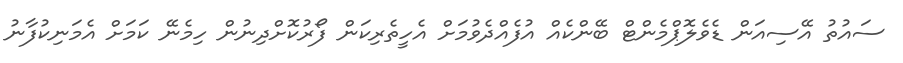
ސައުތު އޭސިއަން ޑެވެލޮޕްމެންޓް ބޭންކެއް އުފެއްދެވުމަށް އެހީތެރިކަން ފޯރުކޮށްދިނުން ހިމެނޭ ކަމަށް އެމަނިކުފާނު